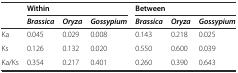
<table><thead><tr><td></td><td colspan="3"><b>Within</b></td><td colspan="3"><b>Between</b></td></tr><tr><td></td><td><b><i>Brassica</i></b></td><td><b><i>Oryza</i></b></td><td><b><i>Gossypium</i></b></td><td><b><i>Brassica</i></b></td><td><b><i>Oryza</i></b></td><td><b><i>Gossypium</i></b></td></tr></thead><tbody><tr><td>Ka</td><td>0.045</td><td>0.029</td><td>0.008</td><td>0.143</td><td>0.218</td><td>0.025</td></tr><tr><td>Ks</td><td>0.126</td><td>0.132</td><td>0.020</td><td>0.550</td><td>0.600</td><td>0.039</td></tr><tr><td>Ka/Ks</td><td>0.354</td><td>0.217</td><td>0.401</td><td>0.260</td><td>0.390</td><td>0.643</td></tr></tbody></table>